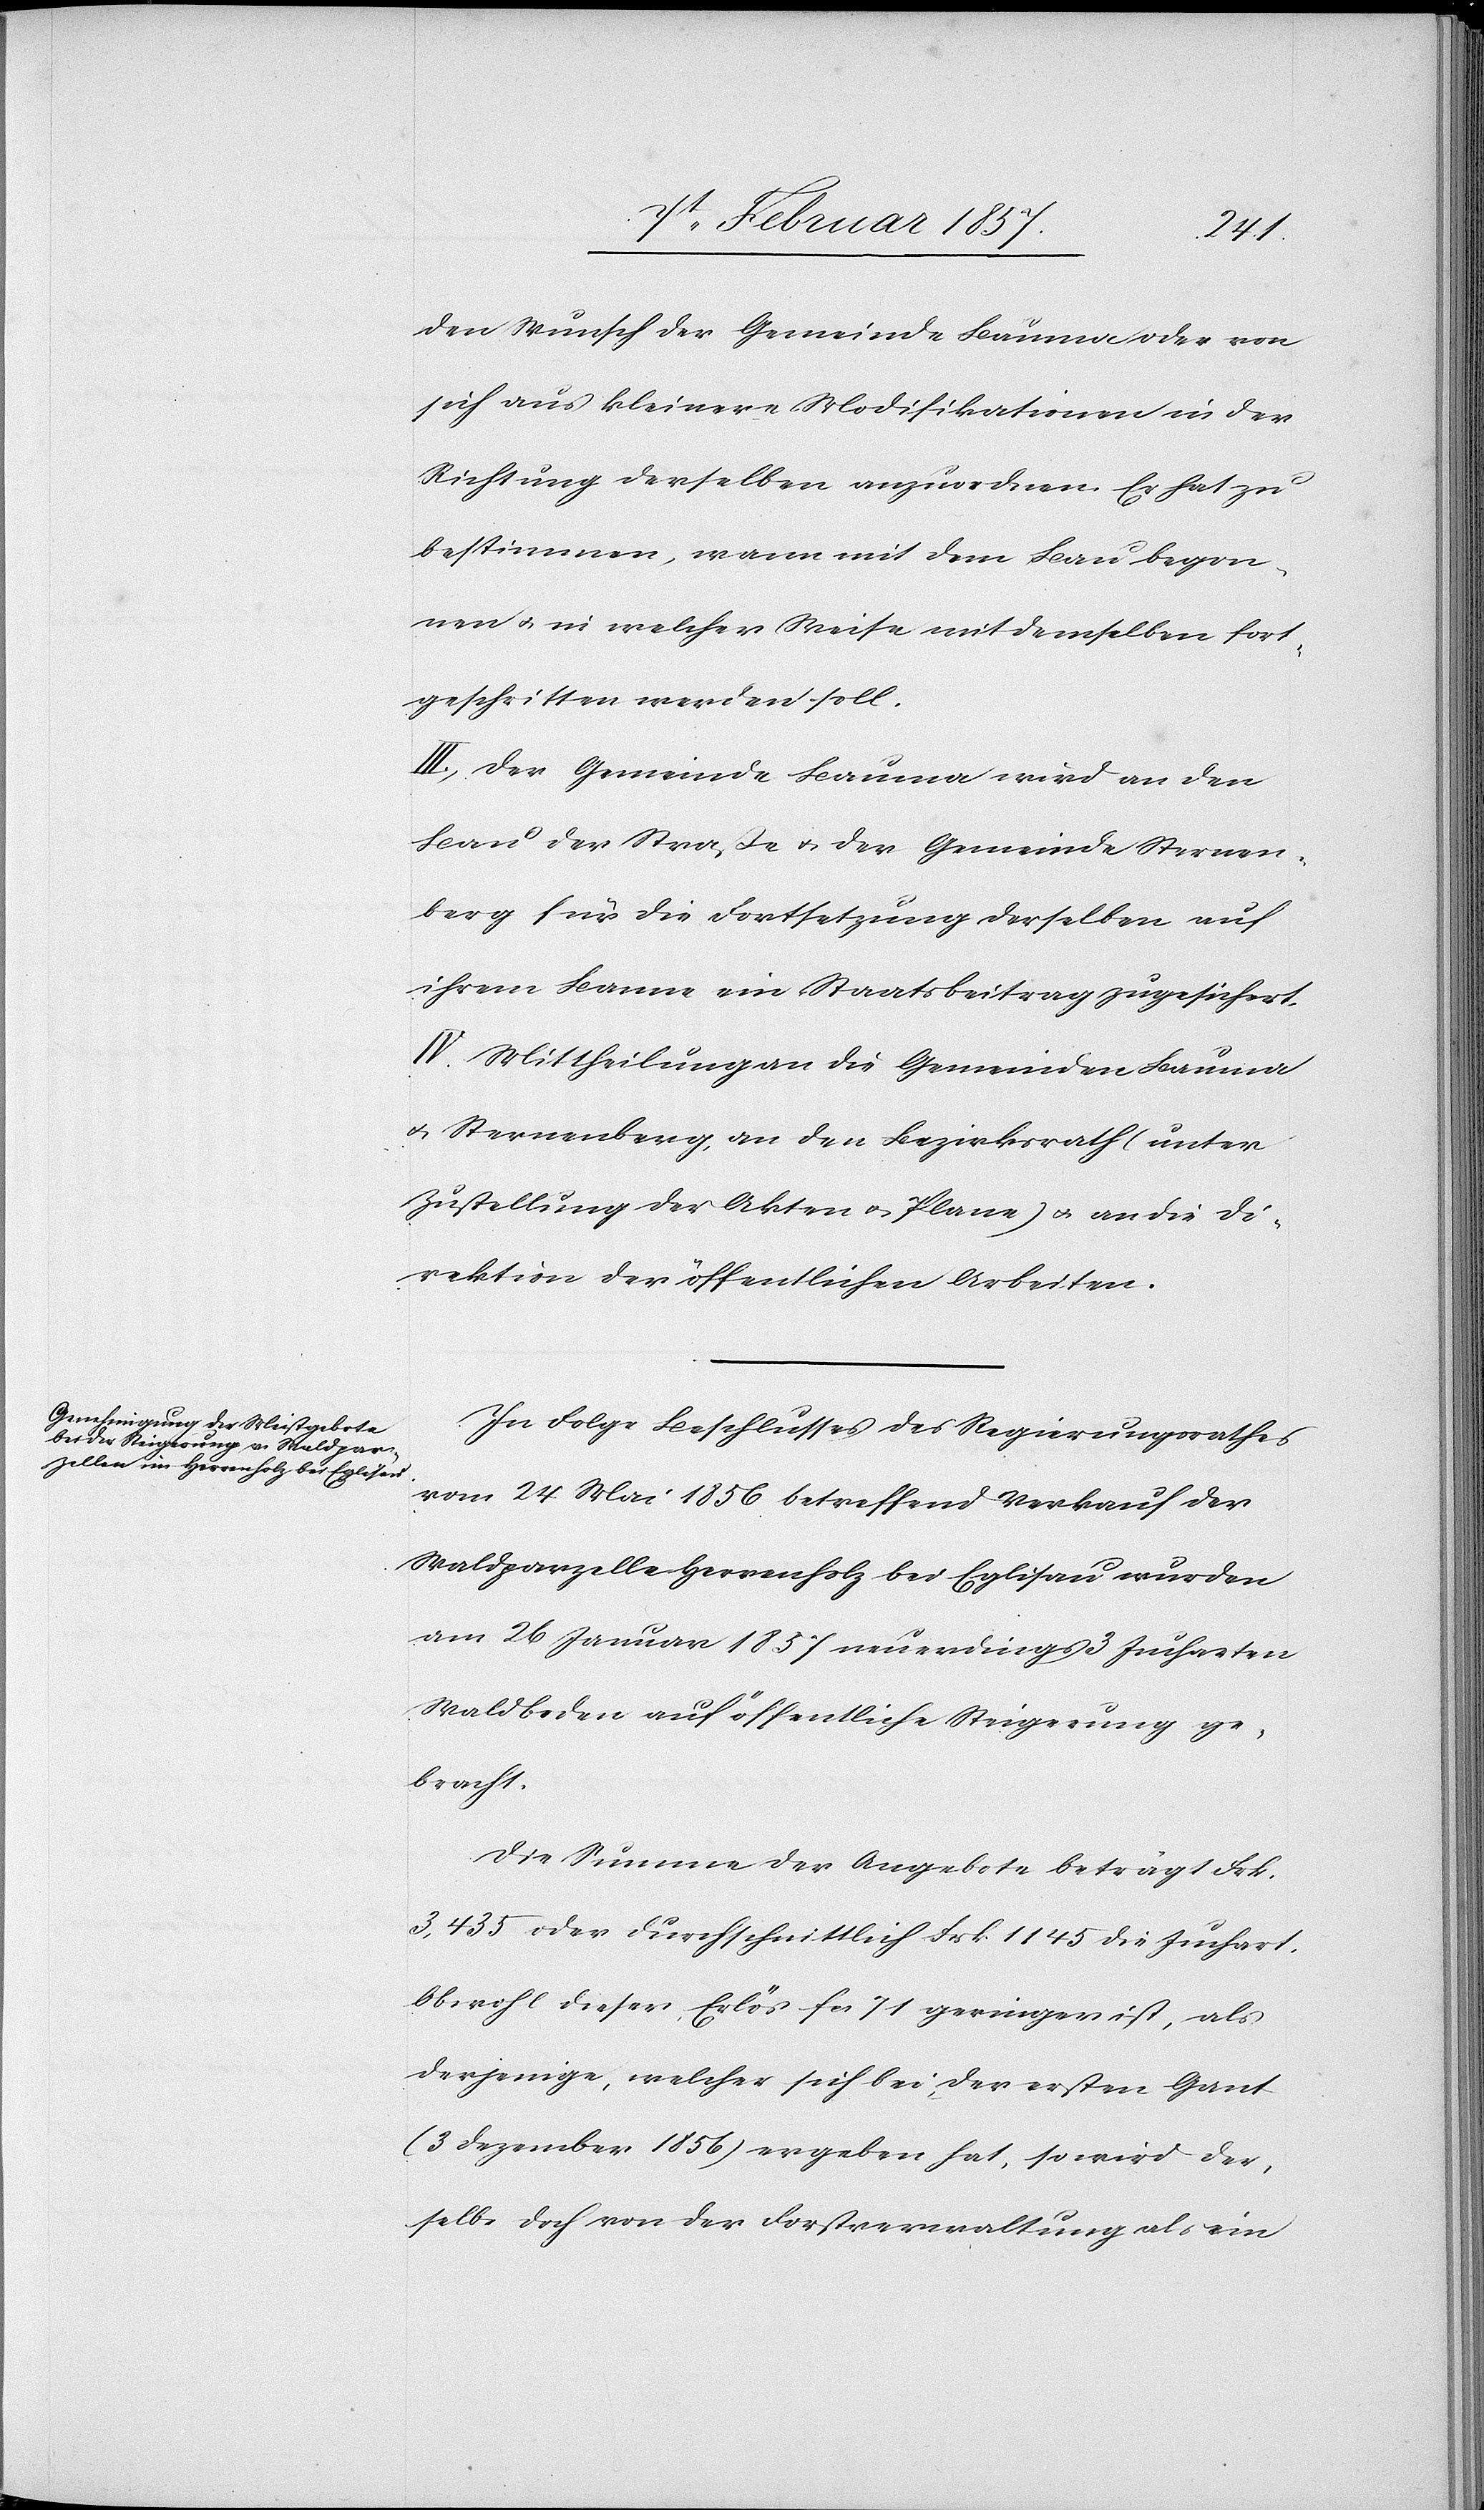
den Wunsch der Gemeinde Bauma oder von
sich aus kleinere Modifikationen in der
Richtung derselben anzuordnen. Er hat zu
bestimmen, wann mit dem Bau begon¬
nen u. in welcher Weise mit demselben fort¬
geschritten werden soll.
III. Der Gemeinde Bauma wird an den
Bau der Straße u. der Gemeinde Sternen¬
berg für die Fortsetzung derselben auf
ihrem Banne ein Staatsbeitrag zugesichert.
IV. Mittheilung an die Gemeinden Bauma
u. Sternenberg, an den Bezirksrath (unter
Zustellung der Akten u. Plane) u. an die Di¬
rektion der öffentlichen Arbeiten.
In Folge Beschlusses des Regierungsrathes
vom 24 Mai 1856 betreffend Verkauf der
Waldparzelle Herrenholz bei Eglisau wurden
am 26 Januar 1857 neuerdings 3 Jucharten
Waldboden auf öffentliche Steigerung ge¬
bracht.
Die Summe der Angebote beträgt Frk.
3,435 oder durchschnittlich Frk 1145 die Juchart,
obwohl dieser Erlös fr 71 geringer ist, als
derjenige, welcher sich bei der ersten Gant
(3 Dezember 1856) ergeben hat, so wird der¬
selbe doch von der Forstverwaltung als ein